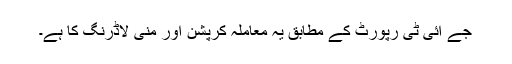
جے آئی ٹی رپورٹ کے مطابق یہ معاملہ کرپشن اور منی لاڈرنگ کا ہے۔